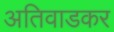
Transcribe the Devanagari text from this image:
अतिवाडकर